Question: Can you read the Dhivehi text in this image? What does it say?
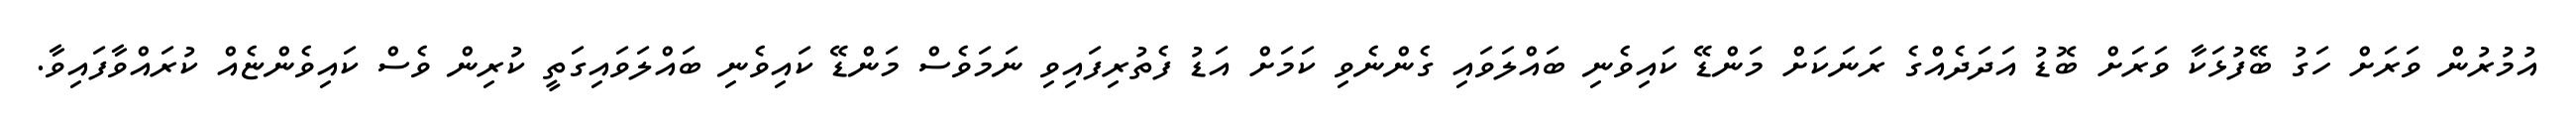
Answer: އުމުރުން ވަރަށް ހަގު ބޭފުޅަކާ ވަރަށް ބޮޑު އަދަދެއްގެ ރަނަކަށް މަންޑޭ ކައިވެނި ބައްލަވައި ގެންނެވި ކަމަށް އަޑު ފެތުރިފައިވި ނަމަވެސް މަންޑޭ ކައިވެނި ބައްލަވައިގަތީ ކުރިން ވެސް ކައިވެންޏެއް ކުރައްވާފައިވާ.